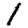
Digit: 1